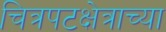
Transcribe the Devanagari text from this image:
चित्रपटक्षेत्राच्या